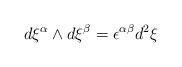
LaTeX: \begin{align*}d\xi ^{\alpha }\wedge d\xi ^{\beta }=\epsilon ^{\alpha \beta }d^{2}\xi\end{align*}